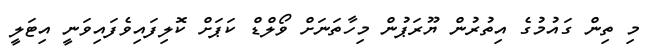
މި ތިން ގައުމުގެ އިތުރުން ޔޫރަޕުން މިހާތަނަށް ވޯލްޑް ކަޕަށް ކޮލިފައިވެފައިވަނީ އިޓަލީ